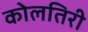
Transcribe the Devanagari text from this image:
कोलतिरी